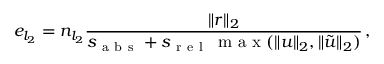
e _ { l _ { 2 } } = n _ { l _ { 2 } } \frac { \lVert r \rVert _ { 2 } } { s _ { \mathrm { ~ a ~ b ~ s ~ } } + s _ { \mathrm { ~ r ~ e ~ l ~ } } \, \mathrm { ~ m ~ a ~ x ~ } ( \lVert u \rVert _ { 2 } , \lVert \tilde { u } \rVert _ { 2 } ) } \, ,